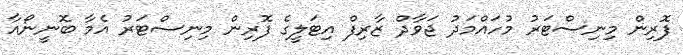
ފޮރިން މިނިސްޓަރު މުހައްމަދު ޖަވާދް ޒާރިފް އިޓަލީގެ ފޮރިން މިނިސްޓަރު އެމާ ބޮނީނޯއާ